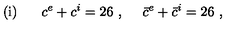
\mathrm { ( i ) } \phantom { m m } c ^ { e } + c ^ { i } = 2 6 \ , \quad \ \bar { c } ^ { e } + \bar { c } ^ { i } = 2 6 \ , \phantom { Z e i c h n u n g Z e i c h n u n g Z e i c h n }